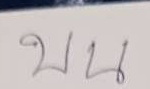
บย